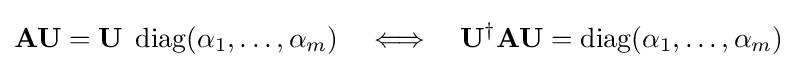
\mathbf {A} \mathbf {U} =\mathbf {U} \;\operatorname {diag} (\alpha _{1},\ldots ,\alpha _{m})\quad \Longleftrightarrow \quad \mathbf {U} ^{\dagger }\mathbf {A} \mathbf {U} =\operatorname {diag} (\alpha _{1},\ldots ,\alpha _{m})